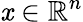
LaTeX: \mathit{x}\in\mathbb{{R}}^{n}